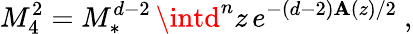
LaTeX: M_{4}^{2}=M_{*}^{d-2}\, \intd^{n}z\, e^{-(d-2)\mathbf{A}(z)/2}\ ,